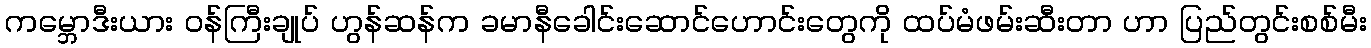
ကမ္ဘောဒီးယား ဝန်ကြီးချုပ် ဟွန်ဆန်က ခမာနီခေါင်းဆောင်ဟောင်းတွေကို ထပ်မံဖမ်းဆီးတာ ဟာ ပြည်တွင်းစစ်မီး